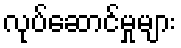
လုပ်ဆောင်မှုများ